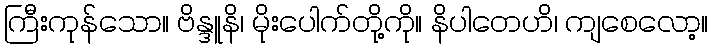
ကြီးကုန်သော။ ဗိန္ဒူနိ၊ မိုးပေါက်တို့ကို။ နိပါတေဟိ၊ ကျစေလော့။